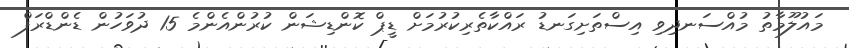
މައުލޫމާތު މުއްސަނދިވި އިސްތަށިގަނޑު ރައްކާތެރިކުރުމަށް ޑީޕް ކޮންޑިޝަން ކުރުންއެންމެ 15 ދުވަހުން ޑެންޑްރަފް